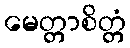
မေတ္တာစိတ္တံ